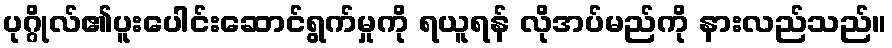
ပုဂ္ဂိုလ်၏ပူးပေါင်းဆောင်ရွက်မှုကို ရယူရန် လိုအပ်မည်ကို နားလည်သည်။